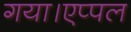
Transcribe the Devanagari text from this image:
गया।एप्पल